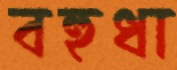
বহুধা